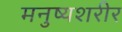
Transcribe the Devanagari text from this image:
मनुष्यशरीर